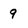
Character: 9